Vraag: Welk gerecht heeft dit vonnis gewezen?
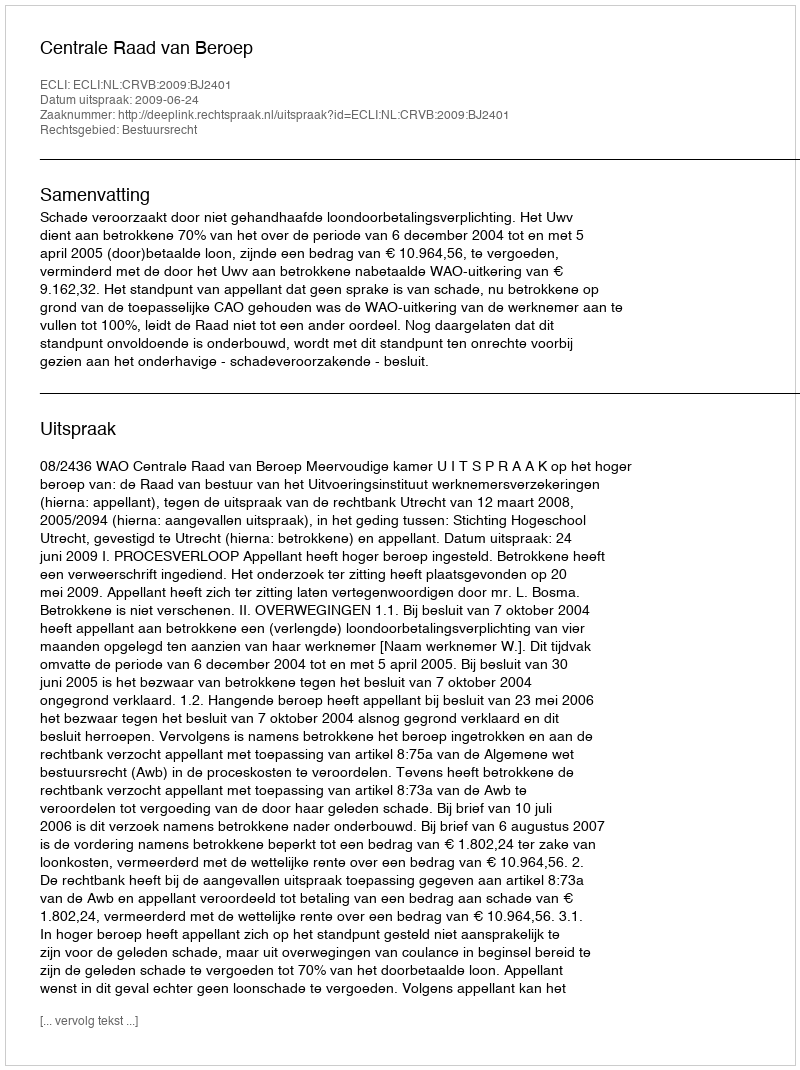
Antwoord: Centrale Raad van Beroep